38_143685_box7_Incident_Summaries_1-100
Agency: Department of War
Page 105
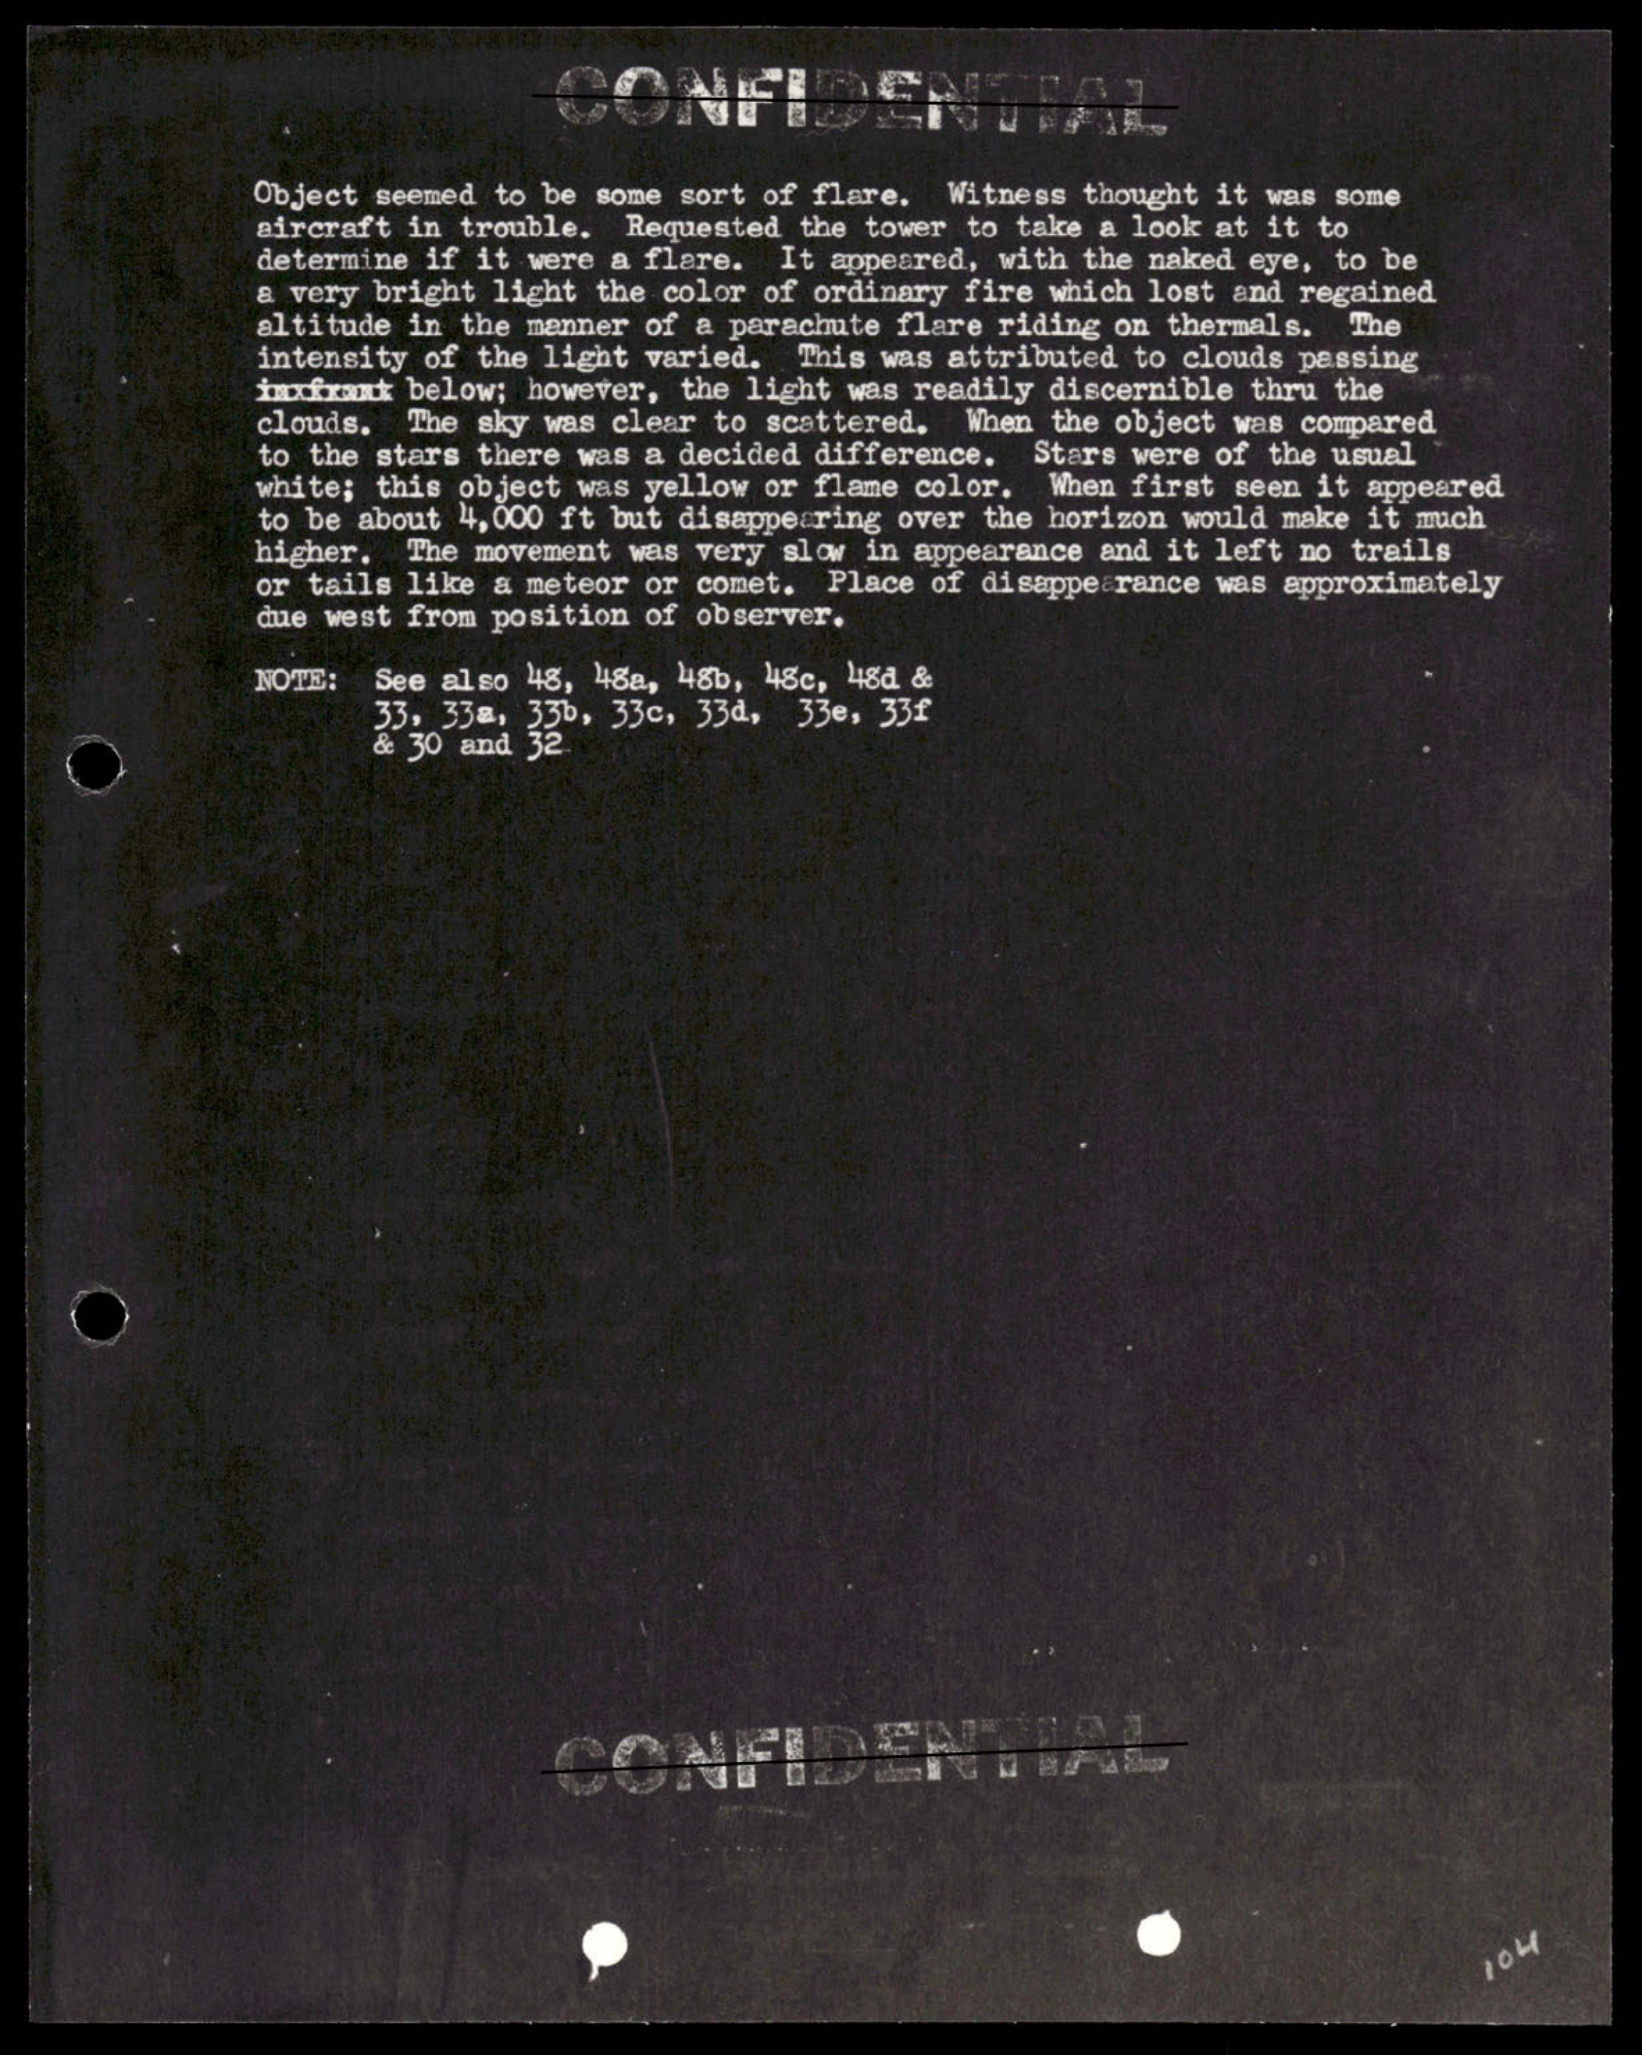